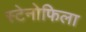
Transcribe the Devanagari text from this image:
स्टेनोफिला